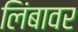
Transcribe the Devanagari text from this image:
लिंबावर